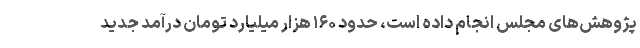
پژوهش‌های مجلس انجام داده است، حدود ۱۶۰ هزار میلیارد تومان درآمد جدید